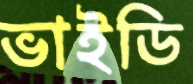
ভাইডি